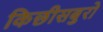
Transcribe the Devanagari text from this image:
किछीसबुरो